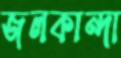
জলকান্দা